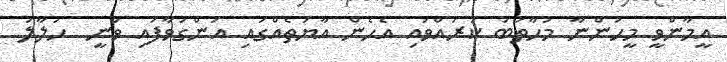
އީމާންވީ މީހުންނާ މުހާތަބު ކުރައްވައި އެހެން އާޔަތެއްގައި އަންގަވާފައި ވަނީ  ހަލާލު